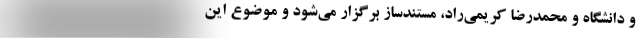
و دانشگاه و محمدرضا کریمی‌راد، مستندساز برگزار می‌شود و موضوع این